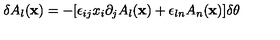
\delta A _ { l } ( { \bf x } ) = - [ \epsilon _ { i j } x _ { i } \partial _ { j } A _ { l } ( { \bf x } ) + \epsilon _ { l n } A _ { n } ( { \bf x } ) ] \delta \theta